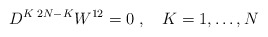
\begin{align*} D^{K\; 2N-K}W^{12} = 0\;, \quad K=1,\ldots,N\end{align*}